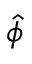
\hat { \phi }